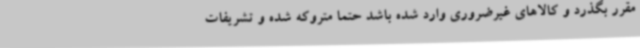
مقرر بگذرد و کالاهای غیرضروری وارد شده باشد حتما متروکه شده و تشریفات